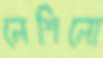
লেশিলো